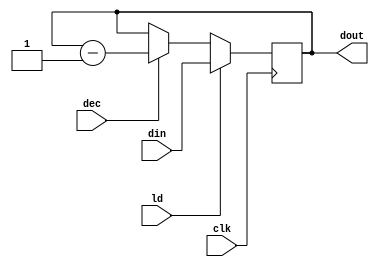
`timescale 1ns / 1ps
//////////////////////////////////////////////////////////////////////////////////
// Company: 
// Engineer: 
// 
// Design Name: 
// Module Name:    CNTR 
// Project Name: 
// Target Devices: 
// Tool versions: 
// Description: 
//
// Dependencies: 
//
// Revision: 
// Revision 0.01 - File Created
// Additional Comments: 
//
//////////////////////////////////////////////////////////////////////////////////
module CNTR(dout,din,ld,dec,clk);
input [15:0]din;
input ld,dec,clk;
output reg [15:0] dout;
always @(posedge clk)
if (ld)dout<=din;
else if (dec)dout<=dout-1;
endmodule